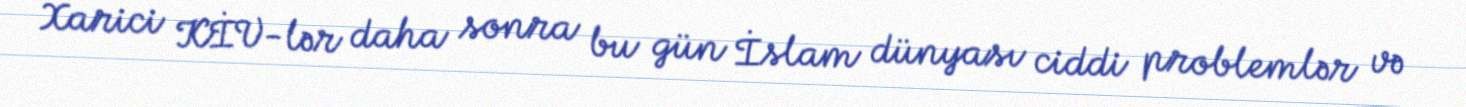
Xarici KİV-lər daha sonra bu gün İslam dünyası ciddi problemlər və